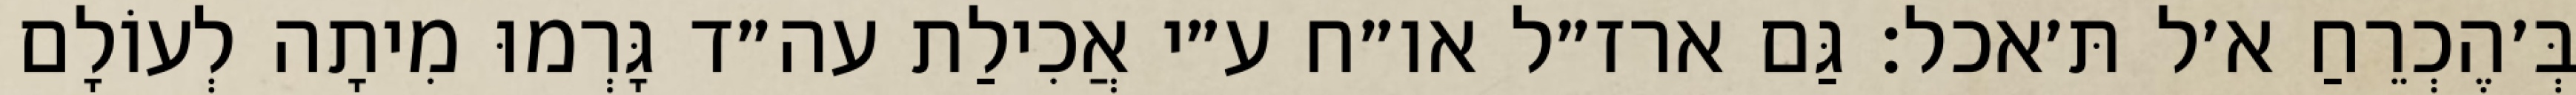
בְּ׳הֶכְרֵחַ א׳ל תּ׳אכל: גַּם ארז״ל או״ח ע״י אֲכִילַת עה״ד גָּרְמוּ מִיתָה לְעוֹלָם